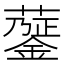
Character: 𧁅